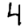
Digit: 4